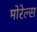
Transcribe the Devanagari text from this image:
मोरेल्स